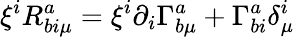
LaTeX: \xi^{i}R_{bi\mu}^{a}=\xi^{i}\partial_{i}\Gamma_{b\mu}^{a}+\Gamma_{bi}^{a}\delta_{\mu}^{i}